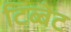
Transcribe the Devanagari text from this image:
टिब्बेट